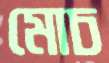
মোচ